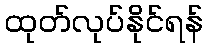
ထုတ်လုပ်နိုင်ရန်